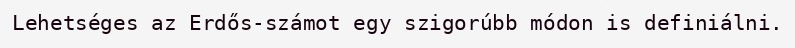
Lehetséges az Erdős-számot egy szigorúbb módon is definiálni.